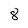
Character: 8